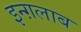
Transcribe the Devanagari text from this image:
इन्ग़लाब